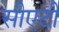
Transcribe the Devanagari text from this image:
सीएटी